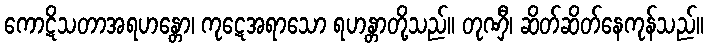
ကောဋိသတာအရဟန္တော၊ ကုဋေအရာသော ရဟန္တာတို့သည်။ တုဏှီ၊ ဆိတ်ဆိတ်နေကုန်သည်။